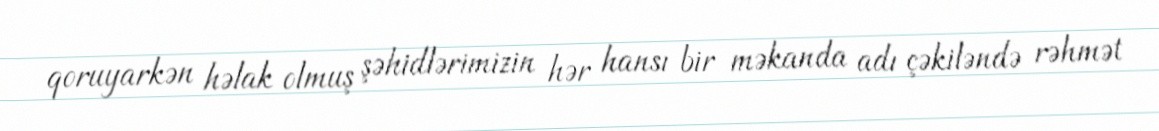
qoruyarkən həlak olmuş şəhidlərimizin hər hansı bir məkanda adı çəkiləndə rəhmət